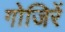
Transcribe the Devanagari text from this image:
गोजिरें